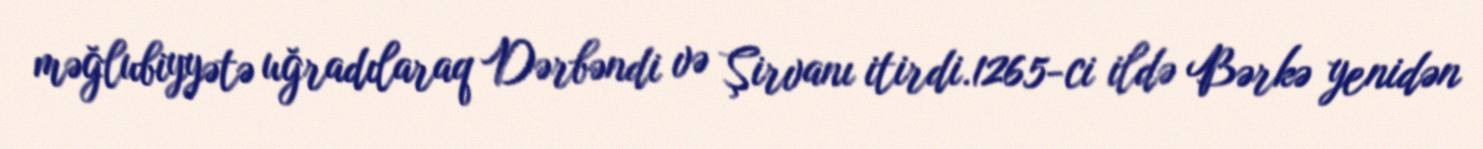
məğlubiyyətə uğradılaraq Dərbəndi və Şirvanı itirdi.1265-ci ildə Bərkə yenidən